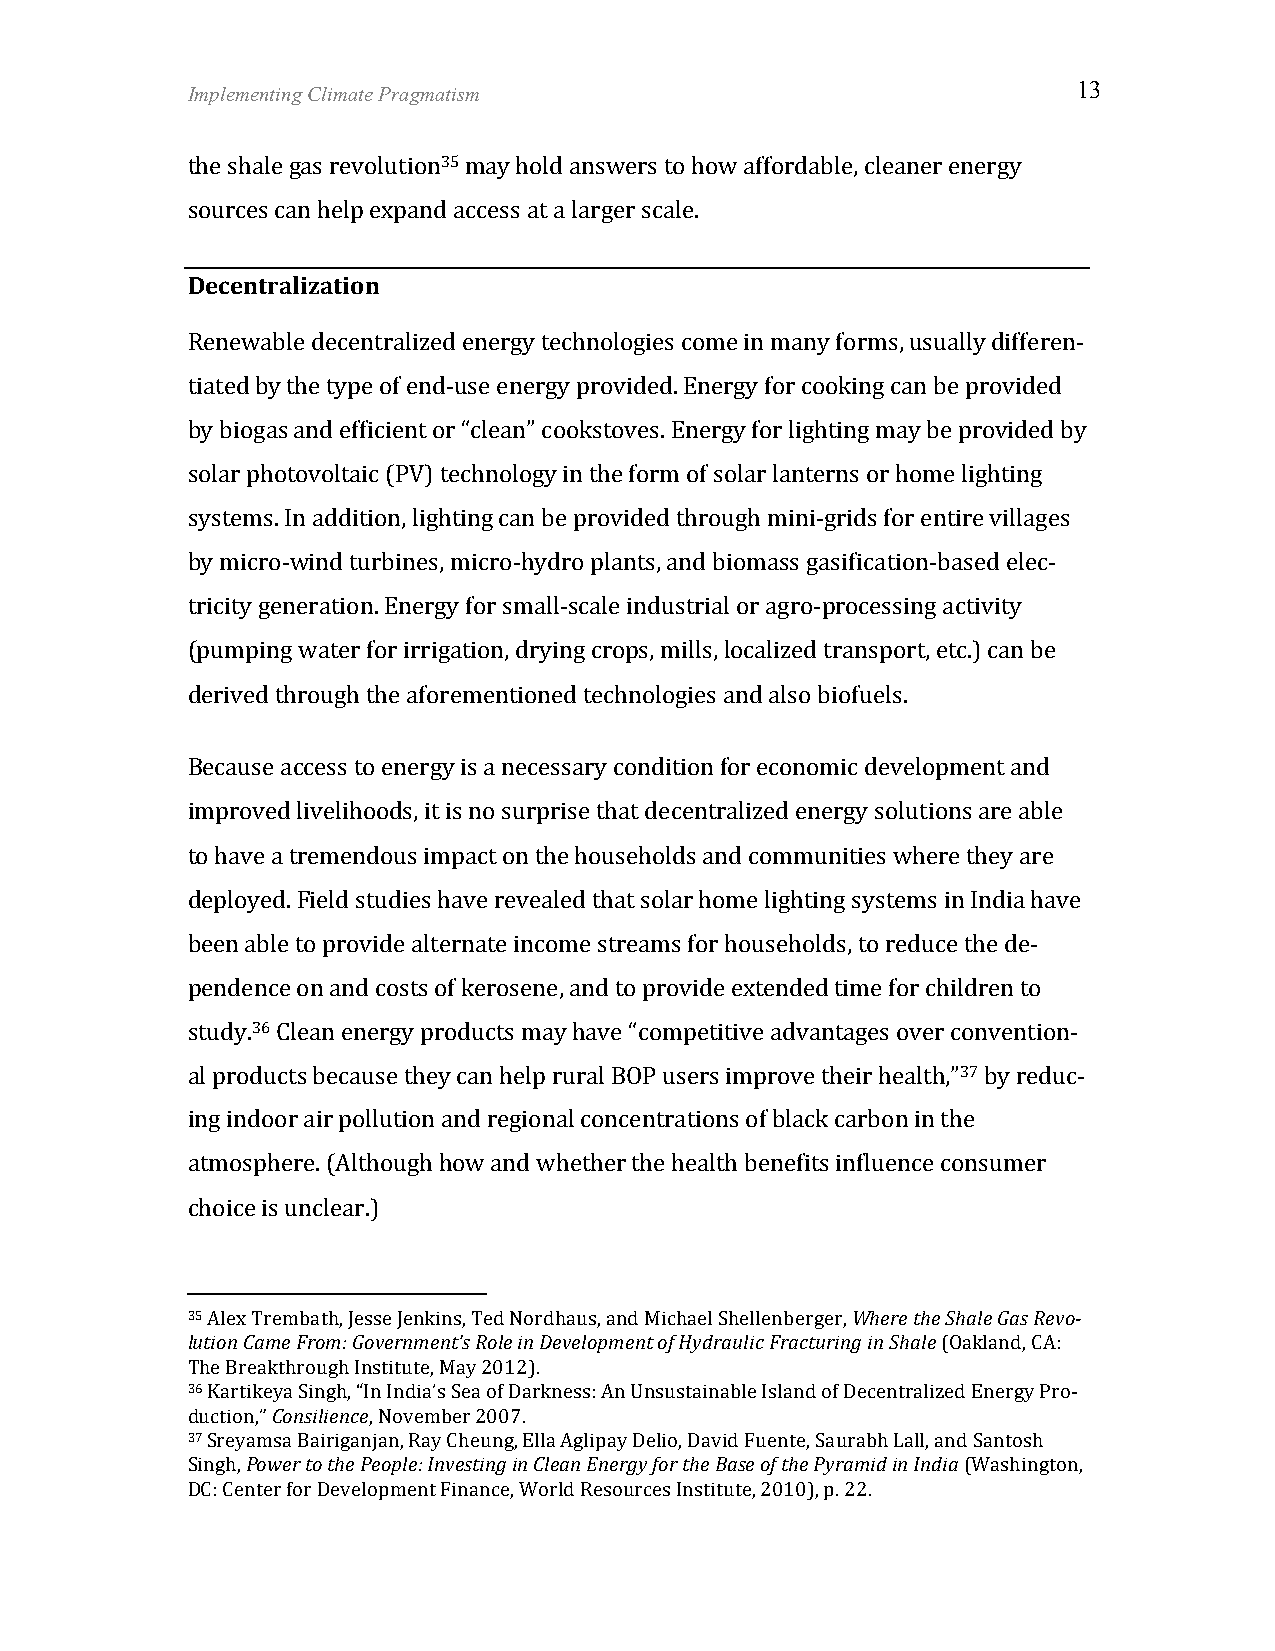
Implementing Climate Pragmatism                            13
 the shale gas revolution35 may hold answers to how affordable, cleaner energy
 sources can help expand access at a larger scale.
 Decentralization
 Renewable decentralized energy technologies come in many forms, usually differen-­‐
 tiated by the type of end-­‐use energy provided. Energy for cooking can be provided
 by biogas and efficient or “clean” cookstoves. Energy for lighting may be provided by
 solar photovoltaic (PV) technology in the form of solar lanterns or home lighting
 systems. In addition, lighting can be provided through mini-­‐grids for entire villages
 by micro-­‐wind turbines, micro-­‐hydro plants, and biomass gasification-­‐based elec-­‐
 tricity generation. Energy for small-­‐scale industrial or agro-­‐processing activity
 (pumping water for irrigation, drying crops, mills, localized transport, etc.) can be
 derived through the aforementioned technologies and also biofuels.
 Because access to energy is a necessary condition for economic development and
 improved livelihoods, it is no surprise that decentralized energy solutions are able
 to have a tremendous impact on the households and communities where they are
 deployed. Field studies have revealed that solar home lighting systems in India have
 been able to provide alternate income streams for households, to reduce the de-­‐
 pendence on and costs of kerosene, and to provide extended time for children to
 study.36 Clean energy products may have “competitive advantages over convention-­‐
 al products because they can help rural BOP users improve their health,”37 by reduc-­‐
 ing indoor air pollution and regional concentrations of black carbon in the
 atmosphere. (Although how and whether the health benefits influence consumer
 choice is unclear.)
 35 Alex Trembath, Jesse Jenkins, Ted Nordhaus, and Michael Shellenberger, Where the Shale Gas Revo-­‐
 lution Came From: Government’s Role in Development of Hydraulic Fracturing in Shale (Oakland, CA:
 The Breakthrough Institute, May 2012).
 36 Kartikeya Singh, “In India’s Sea of Darkness: An Unsustainable Island of Decentralized Energy Pro-­‐
 duction,” Consilience, November 2007.
 37 Sreyamsa Bairiganjan, Ray Cheung, Ella Aglipay Delio, David Fuente, Saurabh Lall, and Santosh
 Singh, Power to the People: Investing in Clean Energy for the Base of the Pyramid in India (Washington,
 DC: Center for Development Finance, World Resources Institute, 2010), p. 22.